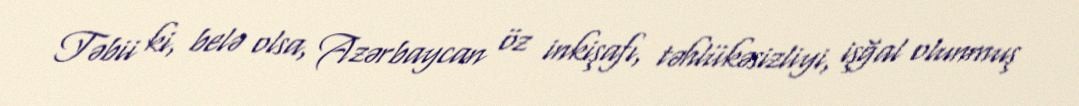
Təbii ki, belə olsa, Azərbaycan öz inkişafı, təhlükəsizliyi, işğal olunmuş